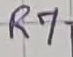
Text: R7